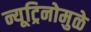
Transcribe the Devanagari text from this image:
न्यूट्रिनोमुळे